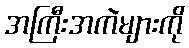
အကြီးအကဲများကို